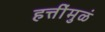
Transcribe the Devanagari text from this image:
हत्तींमुळं